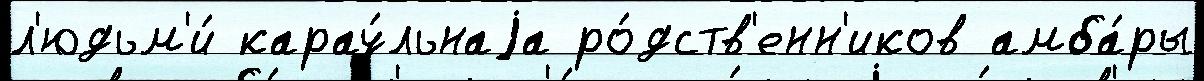
л'юдьм'и́ карау́льнаjа ро́дств'енн'иков амба́ры